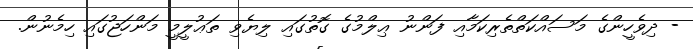
- ދިވެހީންގެ މަސައްކަތްތެރިކަމާއި ފަންނު ޢިލްމުގެ ގޮތުގައި ލިޔެވި ތަޢުލީމީ މަންހަޖުގައި ހިމެނުން.